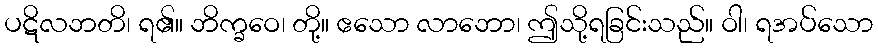
ပဋိလဘတိ၊ ရ၏။ ဘိက္ခဝေ၊ တို့။ ဧသော လာဘော၊ ဤသို့ရခြင်းသည်။ ဝါ၊ ရအပ်သော